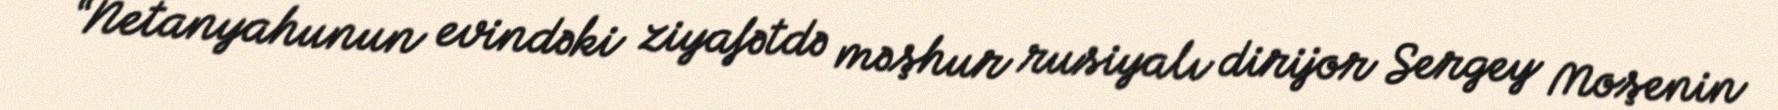
“Netanyahunun evindəki ziyafətdə məşhur rusiyalı dirijor Sergey Moşenin